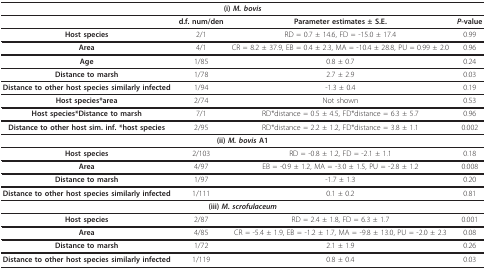
<table><thead><tr><td colspan="4"><b>(i) <i>M. bovis</i></b></td></tr></thead><tbody><tr><td></td><td><b>d.f. num/den</b></td><td><b>Parameter estimates ± S.E</b>.</td><td><b><i>P</i>-value</b></td></tr><tr><td><b>Host species</b></td><td>2/1</td><td>RD = 0.7 ± 14.6, FD = -15.0 ± 17.4</td><td>0.99</td></tr><tr><td><b>Area</b></td><td>4/1</td><td>CR = 8.2 ± 37.9, EB = 0.4 ± 2.3, MA = -10.4 ± 28.8, PU = 0.99 ± 2.0</td><td>0.96</td></tr><tr><td><b>Age</b></td><td>1/85</td><td>0.8 ± 0.7</td><td>0.24</td></tr><tr><td><b>Distance to marsh</b></td><td>1/78</td><td>2.7 ± 2.9</td><td>0.03</td></tr><tr><td><b>Distance to other host species similarly infected</b></td><td>1/94</td><td>-1.3 ± 0.4</td><td>0.19</td></tr><tr><td><b>Host species*area</b></td><td>2/74</td><td>Not shown</td><td>0.53</td></tr><tr><td><b>Host species*Distance to marsh</b></td><td>7/1</td><td>RD*distance = 0.5 ± 4.5, FD*distance = 6.3 ± 5.7</td><td>0.96</td></tr><tr><td><b>Distance to other host sim. inf. *host species</b></td><td>2/95</td><td>RD*distance = 2.2 ± 1.2, FD*distance = 3.8 ± 1.1</td><td>0.002</td></tr><tr><td colspan="4"><b>(ii) <i>M. bovis </i>A1</b></td></tr><tr><td><b>Host species</b></td><td>2/103</td><td>RD = -0.8 ± 1.2, FD = -2.1 ± 1.1</td><td>0.18</td></tr><tr><td><b>Area</b></td><td>4/97</td><td>EB = -0.9 ± 1.2, MA = -3.0 ± 1.5, PU = -2.8 ± 1.2</td><td>0.008</td></tr><tr><td><b>Distance to marsh</b></td><td>1/97</td><td>-1.7 ± 1.3</td><td>0.20</td></tr><tr><td><b>Distance to other host species similarly infected</b></td><td>1/111</td><td>0.1 ± 0.2</td><td>0.81</td></tr><tr><td colspan="4"><b>(iii) <i>M. scrofulaceum</i></b></td></tr><tr><td><b>Host species</b></td><td>2/87</td><td>RD = 2.4 ± 1.8, FD = 6.3 ± 1.7</td><td>0.001</td></tr><tr><td><b>Area</b></td><td>4/85</td><td>CR = -5.4 ± 1.9, EB = -1.2 ± 1.7, MA = -9.8 ± 13.0, PU = -2.0 ± 2.3</td><td>0.08</td></tr><tr><td><b>Distance to marsh</b></td><td>1/72</td><td>2.1 ± 1.9</td><td>0.26</td></tr><tr><td><b>Distance to other host species similarly infected</b></td><td>1/119</td><td>0.8 ± 0.4</td><td>0.03</td></tr></tbody></table>